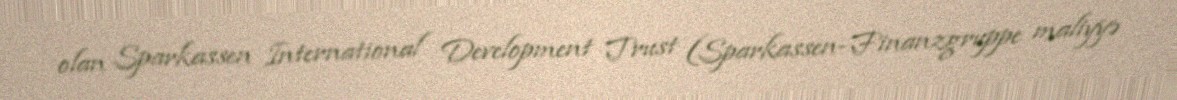
olan Sparkassen International Development Trust (Sparkassen-Finanzgruppe maliyyə